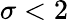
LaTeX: \sigma<2